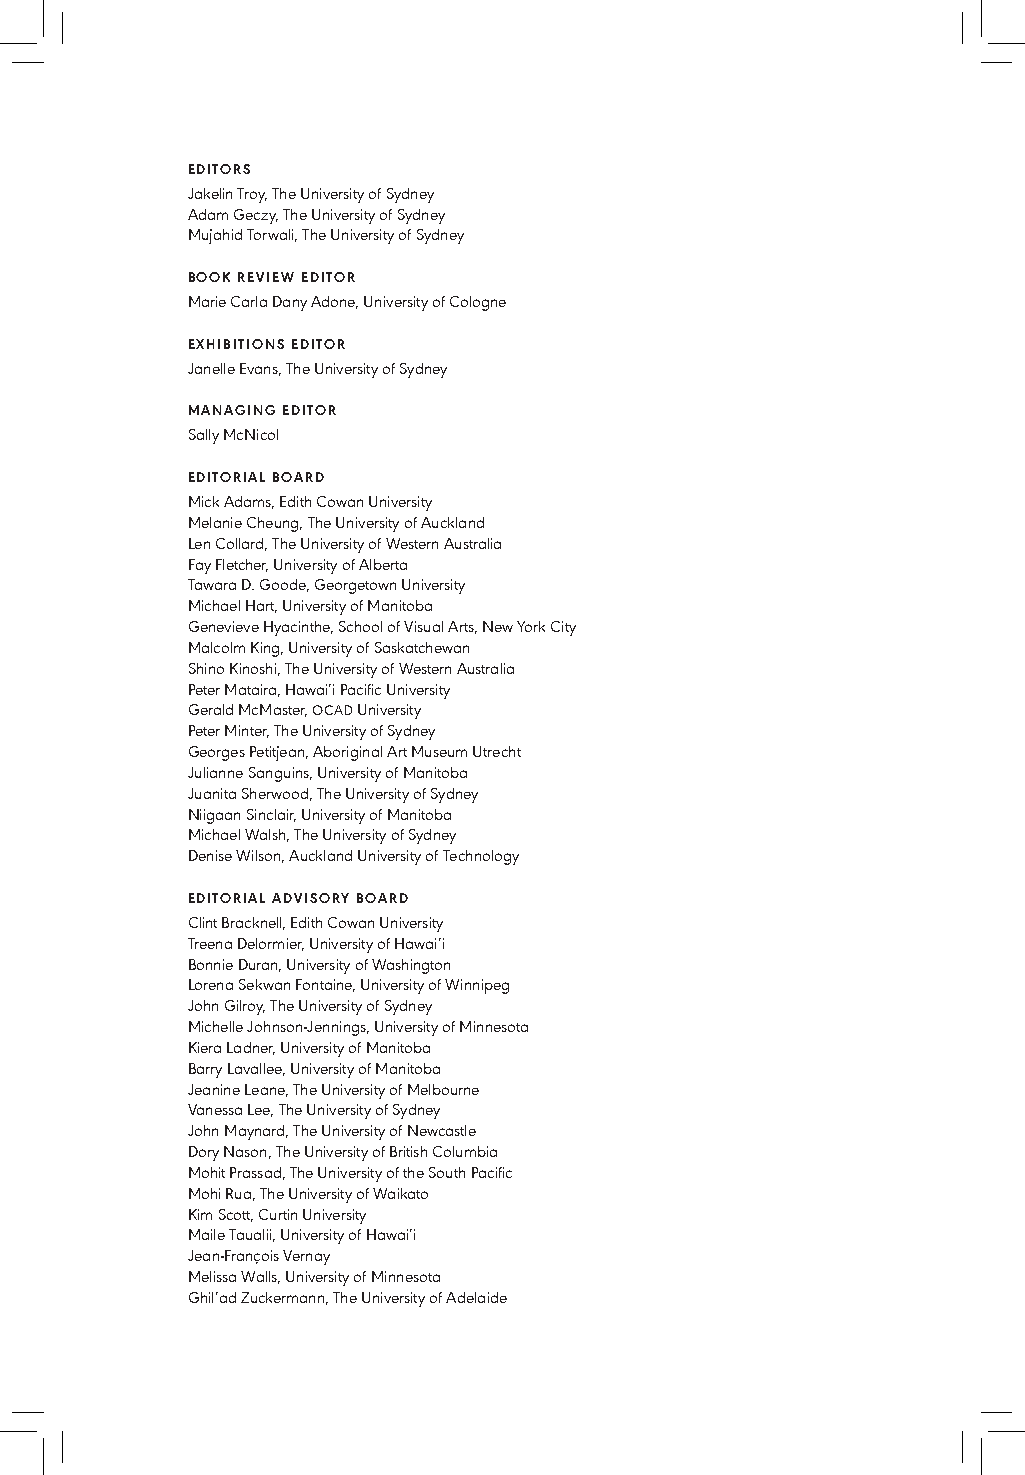
EDITORS
 Jakelin Troy, The University of Sydney
 Adam Geczy, The University of Sydney
 Mujahid Torwali, The University of Sydney
 BOOK REVIEW EDITOR
 Marie Carla Dany Adone, University of Cologne
 EXHIBITIONS EDITOR
 Janelle Evans, The University of Sydney
 MANAGING EDITOR
 Sally McNicol
 EDITORIAL BOARD
 Mick Adams, Edith Cowan University
 Melanie Cheung, The University of Auckland
 Len Collard, The University of Western Australia
 Fay Fletcher, University of Alberta
 Tawara D. Goode, Georgetown University
 Michael Hart, University of Manitoba
 Genevieve Hyacinthe, School of Visual Arts, New York City
 Malcolm King, University of Saskatchewan
 Shino Kinoshi, The University of Western Australia
 Peter Mataira, Hawai’i Pacific University
 Gerald McMaster, OCAD University
 Peter Minter, The University of Sydney
 Georges Petitjean, Aboriginal Art Museum Utrecht
 Julianne Sanguins, University of Manitoba
 Juanita Sherwood, The University of Sydney
 Niigaan Sinclair, University of Manitoba
 Michael Walsh, The University of Sydney
 Denise Wilson, Auckland University of Technology
 EDITORIAL ADVISORY BOARD
 Clint Bracknell, Edith Cowan University
 Treena Delormier, University of Hawai’i
 Bonnie Duran, University of Washington
 Lorena Sekwan Fontaine, University of Winnipeg
 John Gilroy, The University of Sydney
 Michelle Johnson-Jennings, University of Minnesota
 Kiera Ladner, University of Manitoba
 Barry Lavallee, University of Manitoba
 Jeanine Leane, The University of Melbourne
 Vanessa Lee, The University of Sydney
 John Maynard, The University of Newcastle
 Dory Nason, The University of British Columbia
 Mohit Prassad, The University of the South Pacific
 Mohi Rua, The University of Waikato
 Kim Scott, Curtin University
 Maile Taualii, University of Hawai’i
 Jean-François Vernay
 Melissa Walls, University of Minnesota
 Ghil’ad Zuckermann, The University of Adelaide